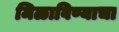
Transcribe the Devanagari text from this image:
मिळाविण्याचा